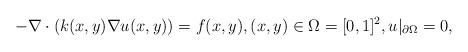
LaTeX: \begin{align*}- \nabla \cdot \left( k (x, y) \nabla u (x, y) \right) = f(x, y), (x, y) \in \Omega = [0, 1]^2, u |_{\partial \Omega} = 0,\end{align*}